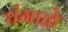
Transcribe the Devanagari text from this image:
घंगाळे